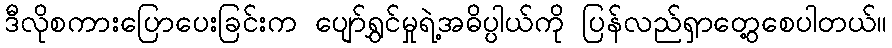
ဒီလိုစကားပြောပေးခြင်းက ပျော်ရွှင်မှုရဲ့အဓိပ္ပါယ်ကို ပြန်လည်ရှာတွေ့စေပါတယ်။